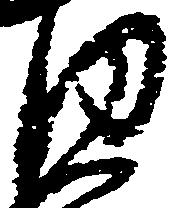
内